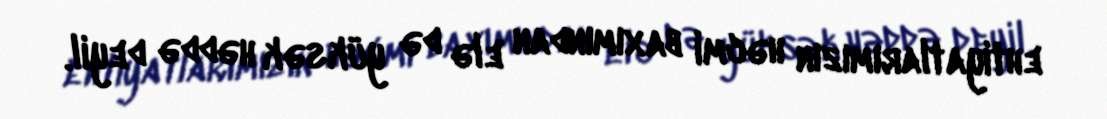
ehtiyatlarımızın həcmi baxımından elə də yüksək həddə deyil.